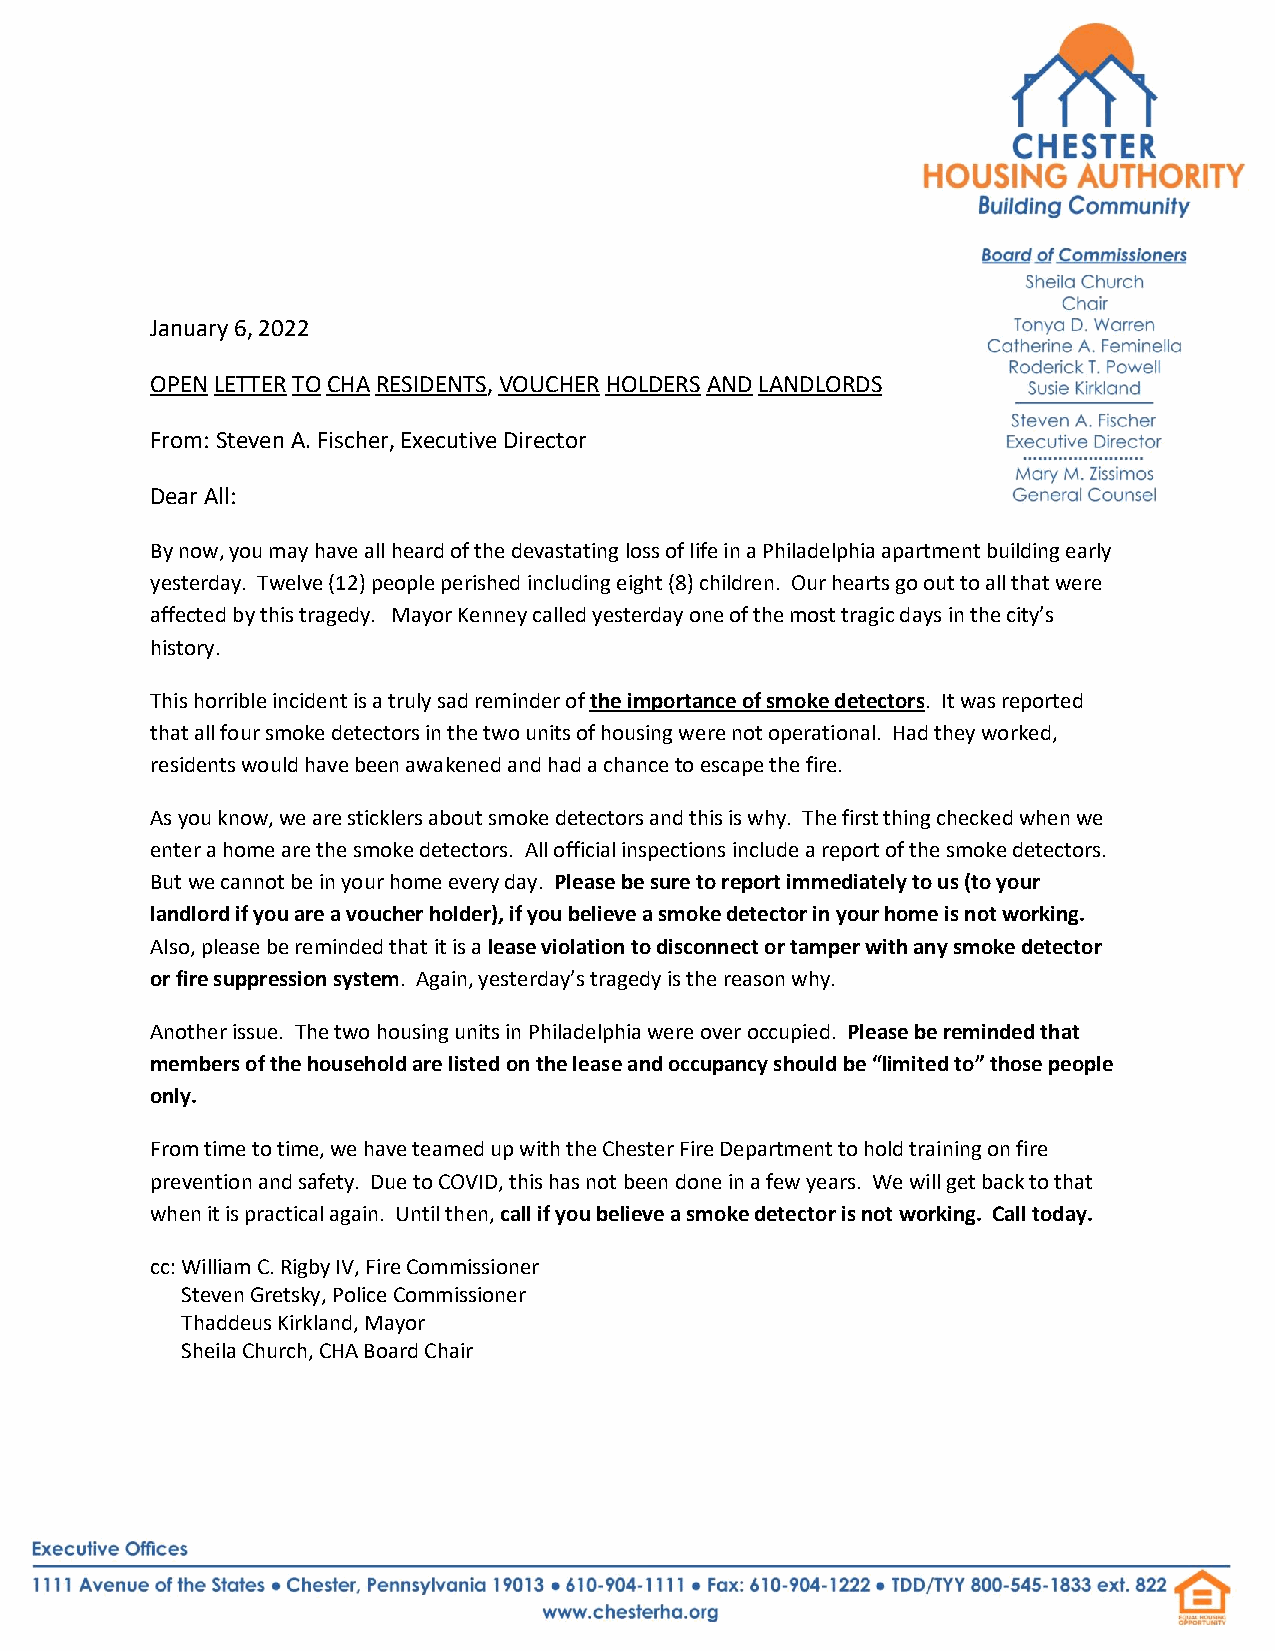
January 6, 2022
 OPEN LETTER TO CHA RESIDENTS, VOUCHER HOLDERS AND LANDLORDS
 From: Steven A. Fischer, Executive Director
 Dear All:
 By now, you may have all heard of the devastating loss of life in a Philadelphia apartment building early
 yesterday. Twelve (12) people perished including eight (8) children. Our hearts go out to all that were
 affected by this tragedy. Mayor Kenney called yesterday one of the most tragic days in the city’s
 history.
 This horrible incident is a truly sad reminder of the importance of smoke detectors. It was reported
 that all four smoke detectors in the two units of housing were not operational. Had they worked,
 residents would have been awakened and had a chance to escape the fire.
 As you know, we are sticklers about smoke detectors and this is why. The first thing checked when we
 enter a home are the smoke detectors. All official inspections include a report of the smoke detectors.
 But we cannot be in your home every day. Please be sure to report immediately to us (to your
 landlord if you are a voucher holder), if you believe a smoke detector in your home is not working.
 Also, please be reminded that it is a lease violation to disconnect or tamper with any smoke detector
 or fire suppression system. Again, yesterday’s tragedy is the reason why.
 Another issue. The two housing units in Philadelphia were over occupied. Please be reminded that
 members of the household are listed on the lease and occupancy should be “limited to” those people
 only.
 From time to time, we have teamed up with the Chester Fire Department to hold training on fire
 prevention and safety. Due to COVID, this has not been done in a few years. We will get back to that
 when it is practical again. Until then, call if you believe a smoke detector is not working. Call today.
 cc: William C. Rigby IV, Fire Commissioner
 Steven Gretsky, Police Commissioner
 Thaddeus Kirkland, Mayor
 Sheila Church, CHA Board Chair